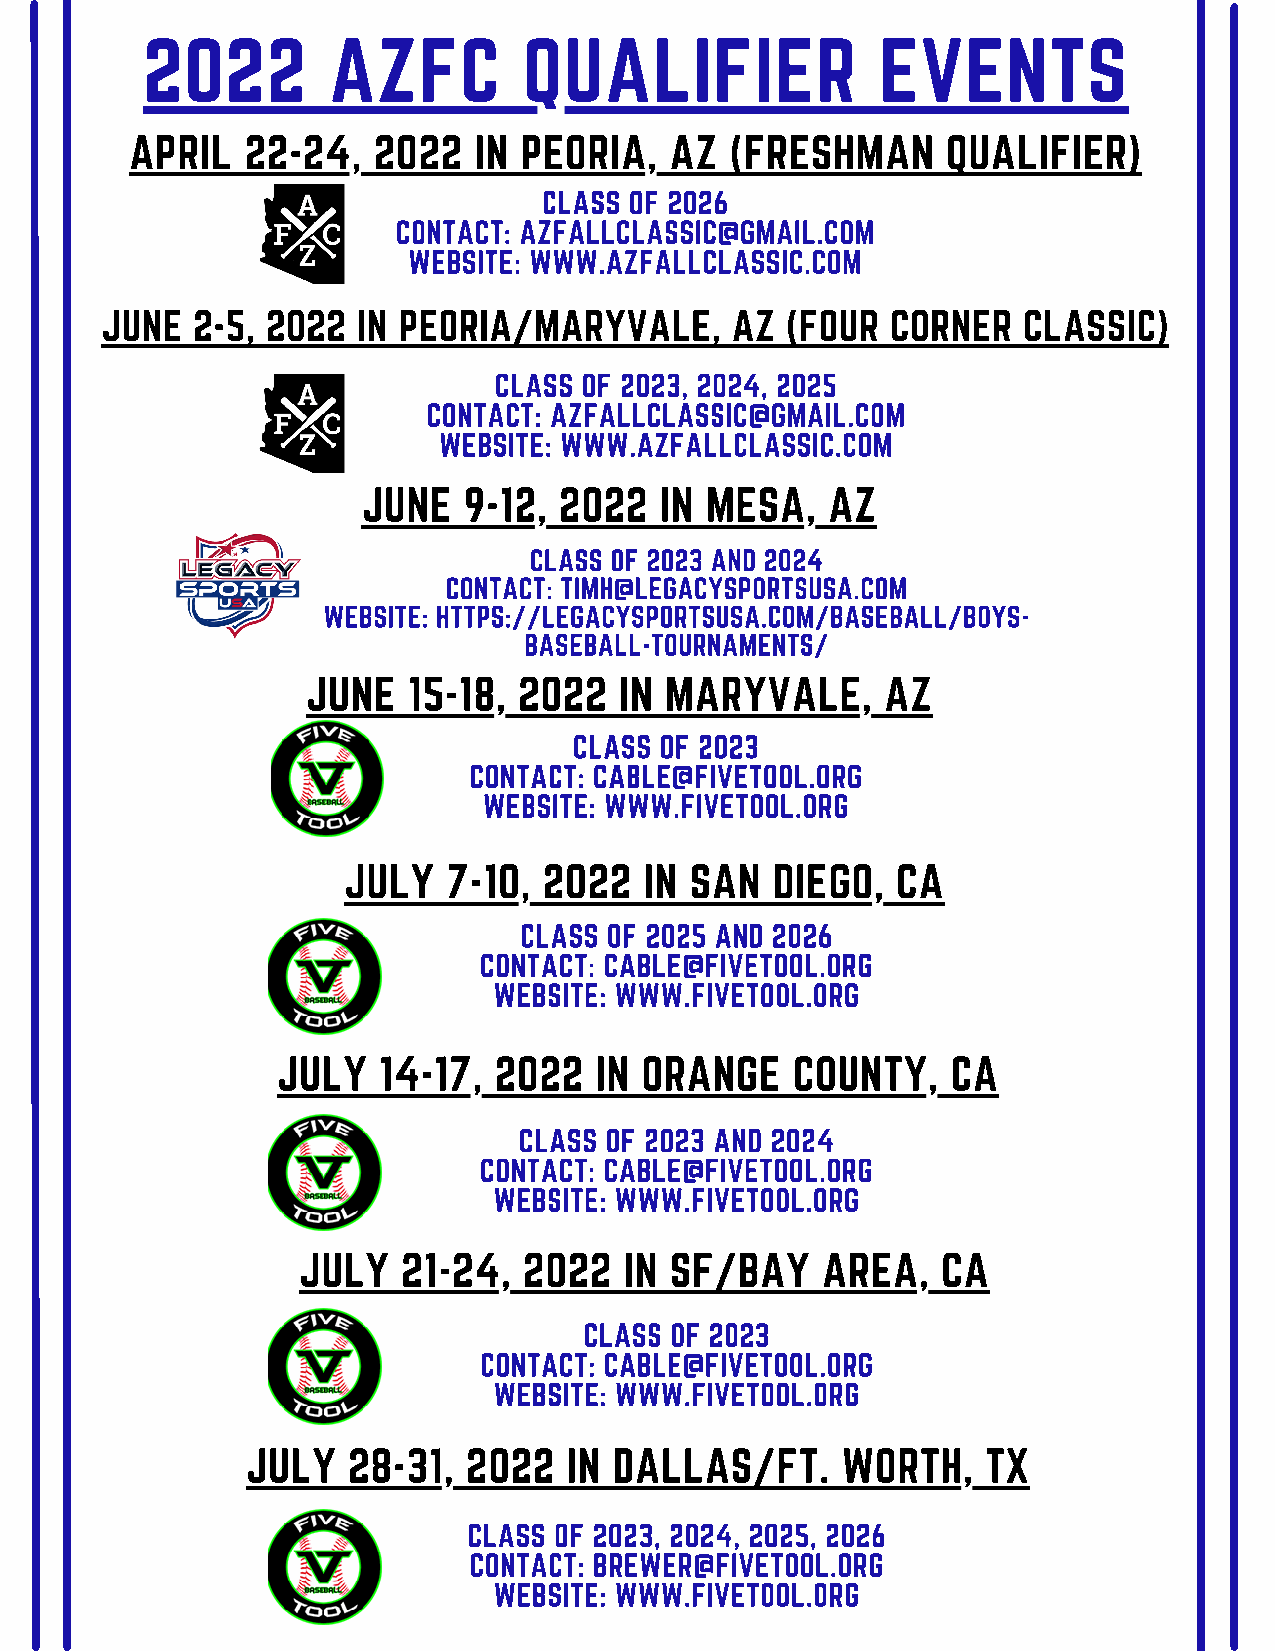
2022         AZFC         QUALIFIER              EVENTS
 APRIL  22-24,   2022  IN PEORIA,   AZ  (FRESHMAN      QUALIFIER)
 CLASS OF 2026
 CONTACT: AZFALLCLASSIC@GMAIL.COM
 WEBSITE: WWW.AZFALLCLASSIC.COM
 JUNE  2-5, 2022  IN PEORIA/MARYVALE,     AZ  (FOUR  CORNER   CLASSIC)
 CLASS OF 2023, 2024, 2025
 CONTACT: AZFALLCLASSIC@GMAIL.COM
 WEBSITE: WWW.AZFALLCLASSIC.COM
 JUNE   9-12, 2022   IN MESA,   AZ
 CLASS OF 2023 AND 2024
 CONTACT: TIMH@LEGACYSPORTSUSA.COM
 WEBSITE: HTTPS://LEGACYSPORTSUSA.COM/BASEBALL/BOYS-
 BASEBALL-TOURNAMENTS/
 JUNE   15-18, 2022   IN MARYVALE,      AZ
 CLASS OF 2023
 CONTACT: CABLE@FIVETOOL.ORG
 WEBSITE: WWW.FIVETOOL.ORG
 JULY   7-10, 2022   IN SAN  DIEGO,  CA
 CLASS OF 2025 AND 2026
 CONTACT: CABLE@FIVETOOL.ORG
 WEBSITE: WWW.FIVETOOL.ORG
 JULY   14-17,  2022  IN ORANGE     COUNTY,   CA
 CLASS OF 2023 AND 2024
 CONTACT: CABLE@FIVETOOL.ORG
 WEBSITE: WWW.FIVETOOL.ORG
 JULY   21-24,  2022  IN SF/BAY    AREA,   CA
 CLASS OF 2023
 CONTACT: CABLE@FIVETOOL.ORG
 WEBSITE: WWW.FIVETOOL.ORG
 JULY   28-31,  2022   IN DALLAS/FT.     WORTH,   TX
 CLASS OF 2023, 2024, 2025, 2026
 CONTACT: BREWER@FIVETOOL.ORG
 WEBSITE: WWW.FIVETOOL.ORG